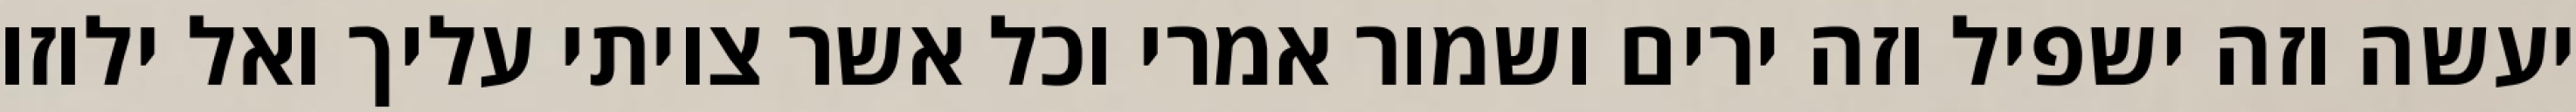
יעשה וזה ישפיל וזה ירים ושמור אמרי וכל אשר צויתי עליך ואל ילוזו